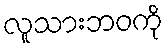
လူသားဘဝကို